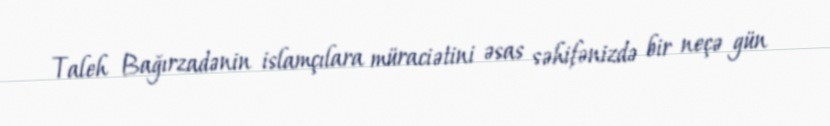
Taleh Bağırzadənin islamçılara müraciətini əsas səhifənizdə bir neçə gün